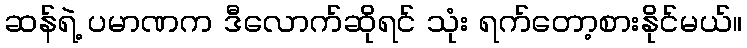
ဆန်ရဲ့ ပမာဏက ဒီလောက်ဆိုရင် သုံး ရက်တော့စားနိုင်မယ်။